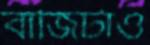
বাজিটাও